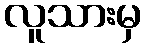
လူသားမှ